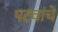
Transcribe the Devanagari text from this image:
पटवांचे